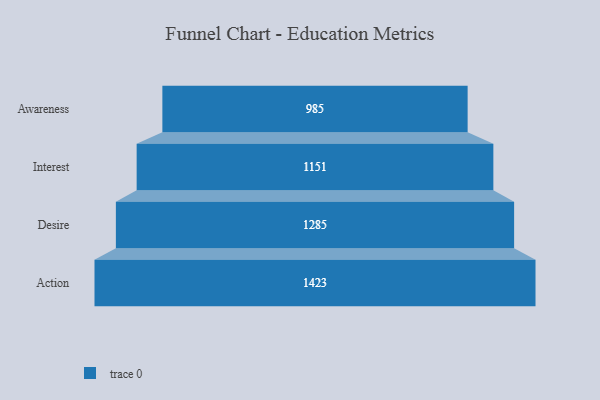
{"axis": {"x": "Stage", "y": "Value"}, "legend": [""], "data": [{"x": "Awareness", "y": 985.0, "type": ""}, {"x": "Interest", "y": 1151.0, "type": ""}, {"x": "Desire", "y": 1285.0, "type": ""}, {"x": "Action", "y": 1423.0, "type": ""}]}